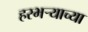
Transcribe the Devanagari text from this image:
हरभर्‍याच्या